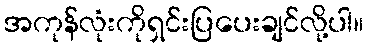
အကုန်လုံးကိုရှင်းပြပေးချင်လို့ပါ။